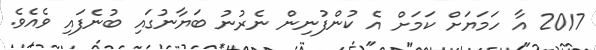
2017 އާ ހަމަޔަށް ކަމަށް އެ ކުންފުނިން ނެރުނު ބަޔާނުގައި ބުނެފައި ވެއެވެ.